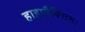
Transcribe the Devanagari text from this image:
हाइपौक्सिया